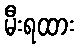
မီးရထား